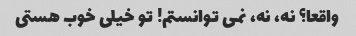
واقعا؟ نه، نه، نمی توانستم! تو خیلی خوب هستی